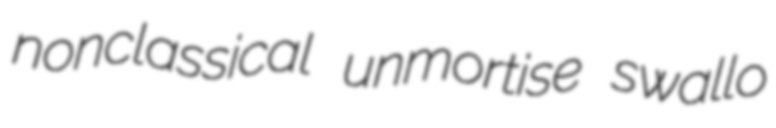
nonclassical unmortise swallo